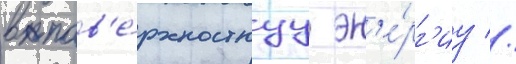
в пов'е́рхностнуу эн'е́рг'иу //